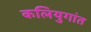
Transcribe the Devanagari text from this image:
कलियुगांत